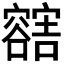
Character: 𲂛